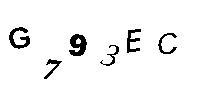
G793EC